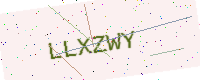
Text: LLXZWY